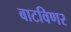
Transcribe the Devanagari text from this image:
बाटविणर